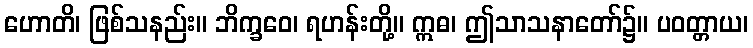
ဟောတိ၊ ဖြစ်သနည်း။ ဘိက္ခဝေ၊ ရဟန်းတို့။ ဣဓ၊ ဤသာသနာတော်၌။ ပဝတ္တာယ၊